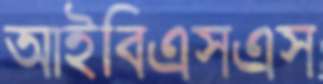
আইবিএসএস